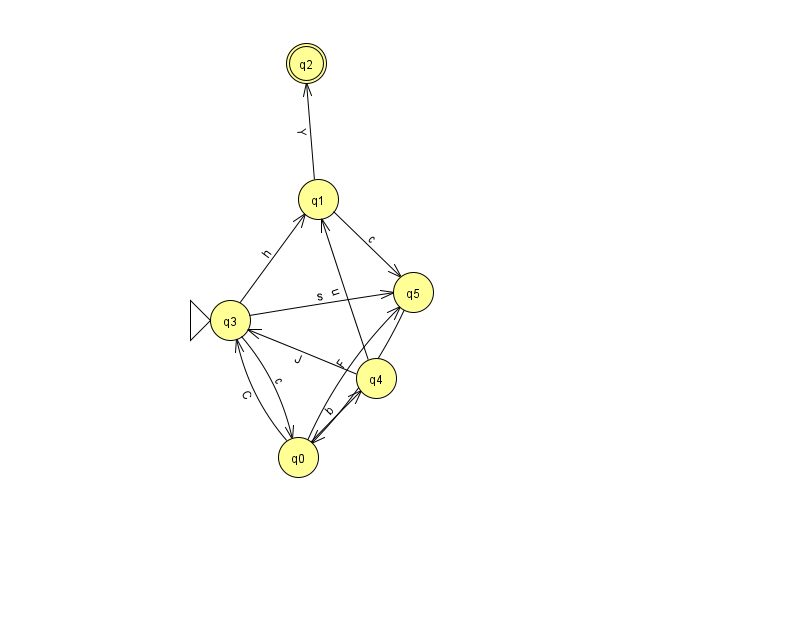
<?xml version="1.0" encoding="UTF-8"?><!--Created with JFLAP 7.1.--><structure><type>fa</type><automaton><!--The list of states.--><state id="0" name="q0"><x>298.0</x><y>444.0</y></state><state id="1" name="q1"><x>318.0</x><y>186.0</y></state><state id="2" name="q2"><x>306.0</x><y>50.0</y><final/></state><state id="3" name="q3"><x>230.0</x><y>307.0</y><initial/></state><state id="4" name="q4"><x>376.0</x><y>365.0</y></state><state id="5" name="q5"><x>413.0</x><y>279.0</y></state><!--The list of transitions.--><transition><from>3</from><to>5</to><read>s</read></transition><transition><from>5</from><to>0</to><read>z</read></transition><transition><from>0</from><to>4</to><read>b</read></transition><transition><from>1</from><to>2</to><read>Y</read></transition><transition><from>4</from><to>3</to><read>J</read></transition><transition><from>1</from><to>5</to><read>c</read></transition><transition><from>4</from><to>1</to><read>u</read></transition><transition><from>0</from><to>3</to><read>C</read></transition><transition><from>3</from><to>0</to><read>c</read></transition><transition><from>3</from><to>1</to><read>h</read></transition><transition><from>0</from><to>5</to><read>F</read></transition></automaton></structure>